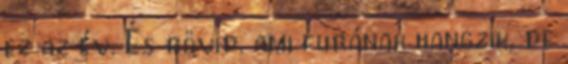
ez az év. És rövid. ami furának hangzik, de